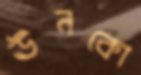
ঊনকো